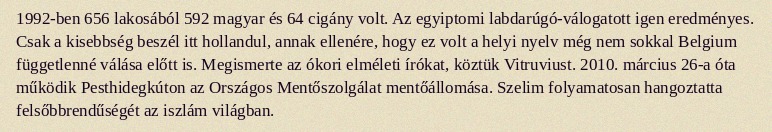
1992-ben 656 lakosából 592 magyar és 64 cigány volt. Az egyiptomi labdarúgó-válogatott igen eredményes. Csak a kisebbség beszél itt hollandul, annak ellenére, hogy ez volt a helyi nyelv még nem sokkal Belgium függetlenné válása előtt is. Megismerte az ókori elméleti írókat, köztük Vitruviust. 2010. március 26-a óta működik Pesthidegkúton az Országos Mentőszolgálat mentőállomása. Szelim folyamatosan hangoztatta felsőbbrendűségét az iszlám világban.